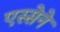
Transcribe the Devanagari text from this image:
एस्सेने